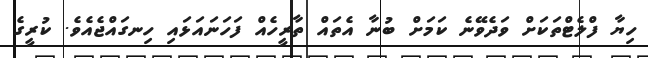
ހިޔާ ފްލެޓްތަކަށް ވަދެވޭނެ ކަމަށް ބުނާ އެތައް ތާރީހެއް ފަހަނައަޅައި ހިނގައްޖެއެވެ. ކުރީގެ